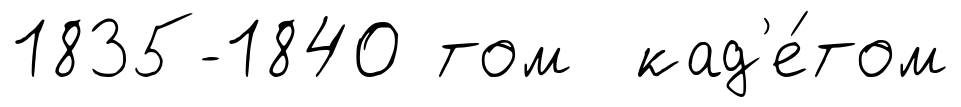
1835-1840 том кад'е́том